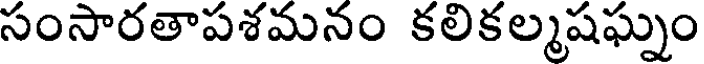
సంసారతాపశమనం కలికల్మషఘ్నం